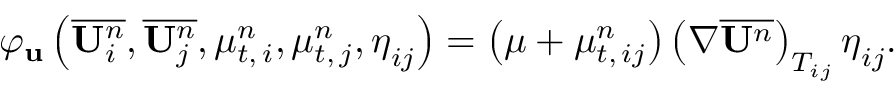
\varphi _ { \mathbf { u } } \left( \overline { { \mathbf { U } _ { i } ^ { n } } } , \overline { { \mathbf { U } _ { j } ^ { n } } } , \mu _ { t , \, i } ^ { n } , \mu _ { t , \, j } ^ { n } , \boldsymbol { \eta } _ { i j } \right) = \left( \mu + \mu _ { t , \, { i j } } ^ { n } \right) \left( \nabla \overline { { \mathbf { U } ^ { n } } } \right) _ { T _ { i j } } \boldsymbol { \eta } _ { i j } .